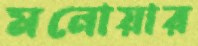
মনোয়ার